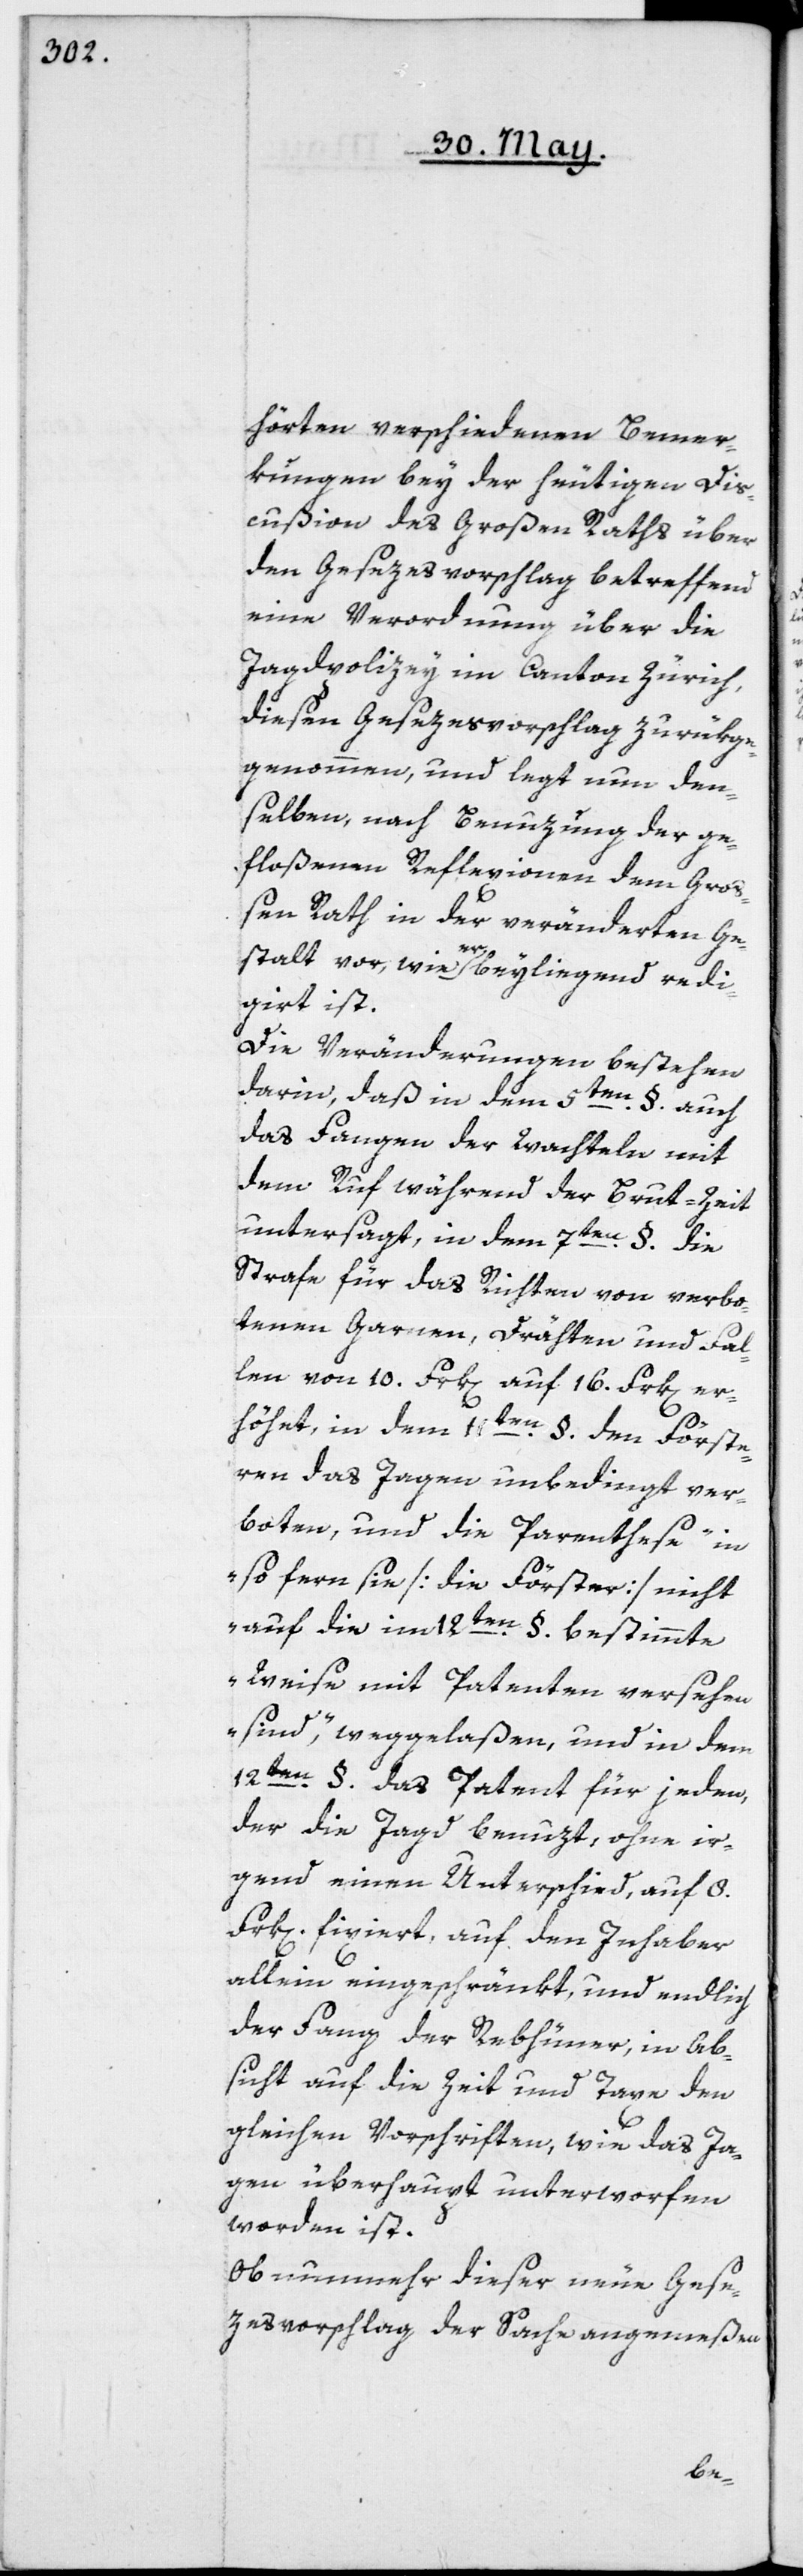
hörten verschiedenen Bemer¬
kungen bey der heutigen Dis¬
cußion des Großen Raths über
den Gesezes-Vorschlag betreffend
eine Verordnung über die
Jagdpolizey im Canton Zürich,
diesen Gesezesvorschlag zurük¬
genommen, und legt nun den¬
selben nach Benzung der ge¬
floßenen Reflexionen dem Gro¬
ßen Rath in der veränderten Ge¬
stalt vor, wie er beyliegend redi¬
girt ist.
Die Veränderungen bestehen
darin, daß in dem 5ten §. auch
das Fangen der Wachteln mit
dem Ruf während der Brut-Zeit
untersagt, in dem 7ten §. die
Strafe für das Richten von verbo¬
tenen Garnen, Drähten und Fal¬
len von 10. Frk[en]. auf 16. Frk[en]. er¬
höht, in dem 11ten §. den Förste¬
ren das Jagen unbedingt ver¬
boten, und die Parenthese „in
so fern sie [die Förster] nicht
auf die im 12ten §. bestimmte
Weise mit Patenten versehen
sind“, weggelaßen, und in dem
12ten §. das Patent für jeden,
der die Jagd benuzt, ohne ir¬
gend einen Unterschied, auf 8.
Frk[en] fixiert, auf den Inhaber
allein eingeschränkt, und endlich
der Fang der Rebhüner, in Ab¬
sicht auf die Zeit und Taxe den
gleichen Vorschriften, wie das Ja¬
gen überhaupt unterworfen
worden ist.
Ob nunmehr dieser neue Gese¬
zesvorschlag der Sache angemeßen